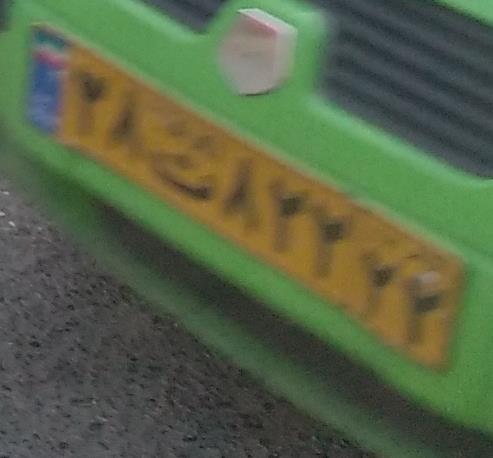
۳۸ت۸۲۲۲۲